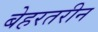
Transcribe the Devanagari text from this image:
बेहरतरीन